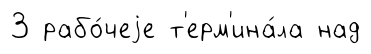
3 рабо́чеjе т'ерм'ина́ла над